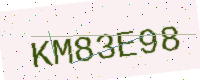
Text: KM83E98